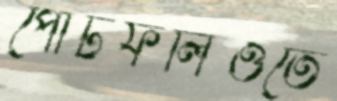
পোর্টফলিওতে